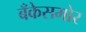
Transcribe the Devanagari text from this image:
बँकेसमोर